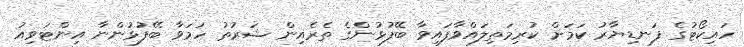
ހައިކޯޓުގެ ފަނޑިޔާރު ކަމަށް ކުރިމަތިލައްވާފައިވާ ބޭފުޅުންގެ ތެރެއިން ޝަރުތު ހަމަވާ ބޭފުޅުންނާ އިންޓަވިއު